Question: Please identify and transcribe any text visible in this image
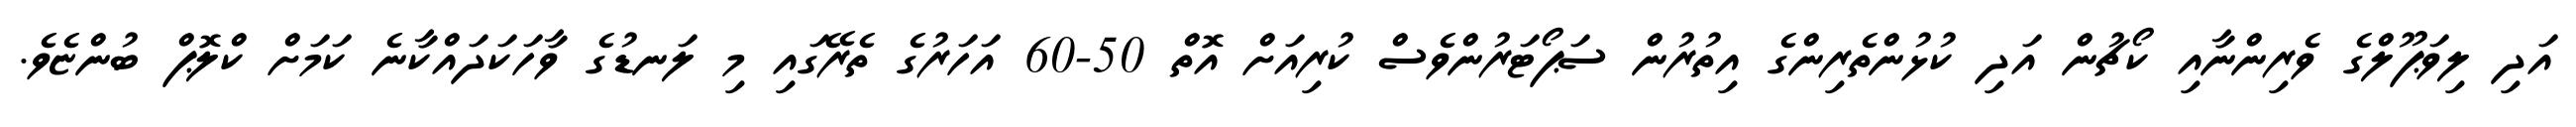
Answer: އަދި ލިވަޕޫލްގެ ވެރިންނާއި ކޯޗުން އަދި ކުޅުންތެރިންގެ އިތުރުން ސަޕޯޓަރުންވެސް ކުރިއަށް އޮތް 50-60 އަހަރުގެ ތެރޭގައި މި ލަނޑުގެ ވާހަކަދައްކާނެ ކަމަށް ކްލޮޕް ބުންޏެވެ.